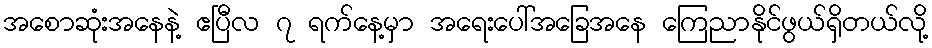
အစောဆုံးအနေနဲ့ ဧပြီလ ၇ ရက်နေ့မှာ အရေးပေါ်အခြေအနေ ကြေညာနိုင်ဖွယ်ရှိတယ်လို့